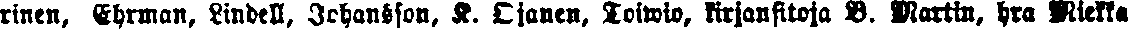
rinen, Ehrman, Lindell, Johansson, K. Ojanen, Toiwio, kirjansitoja B. Martin, hra Miekka